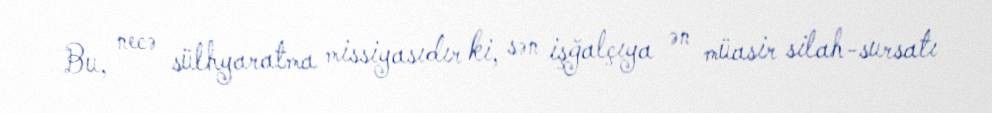
Bu, necə sülhyaratma missiyasıdır ki, sən işğalçıya ən müasir silah-sursatı